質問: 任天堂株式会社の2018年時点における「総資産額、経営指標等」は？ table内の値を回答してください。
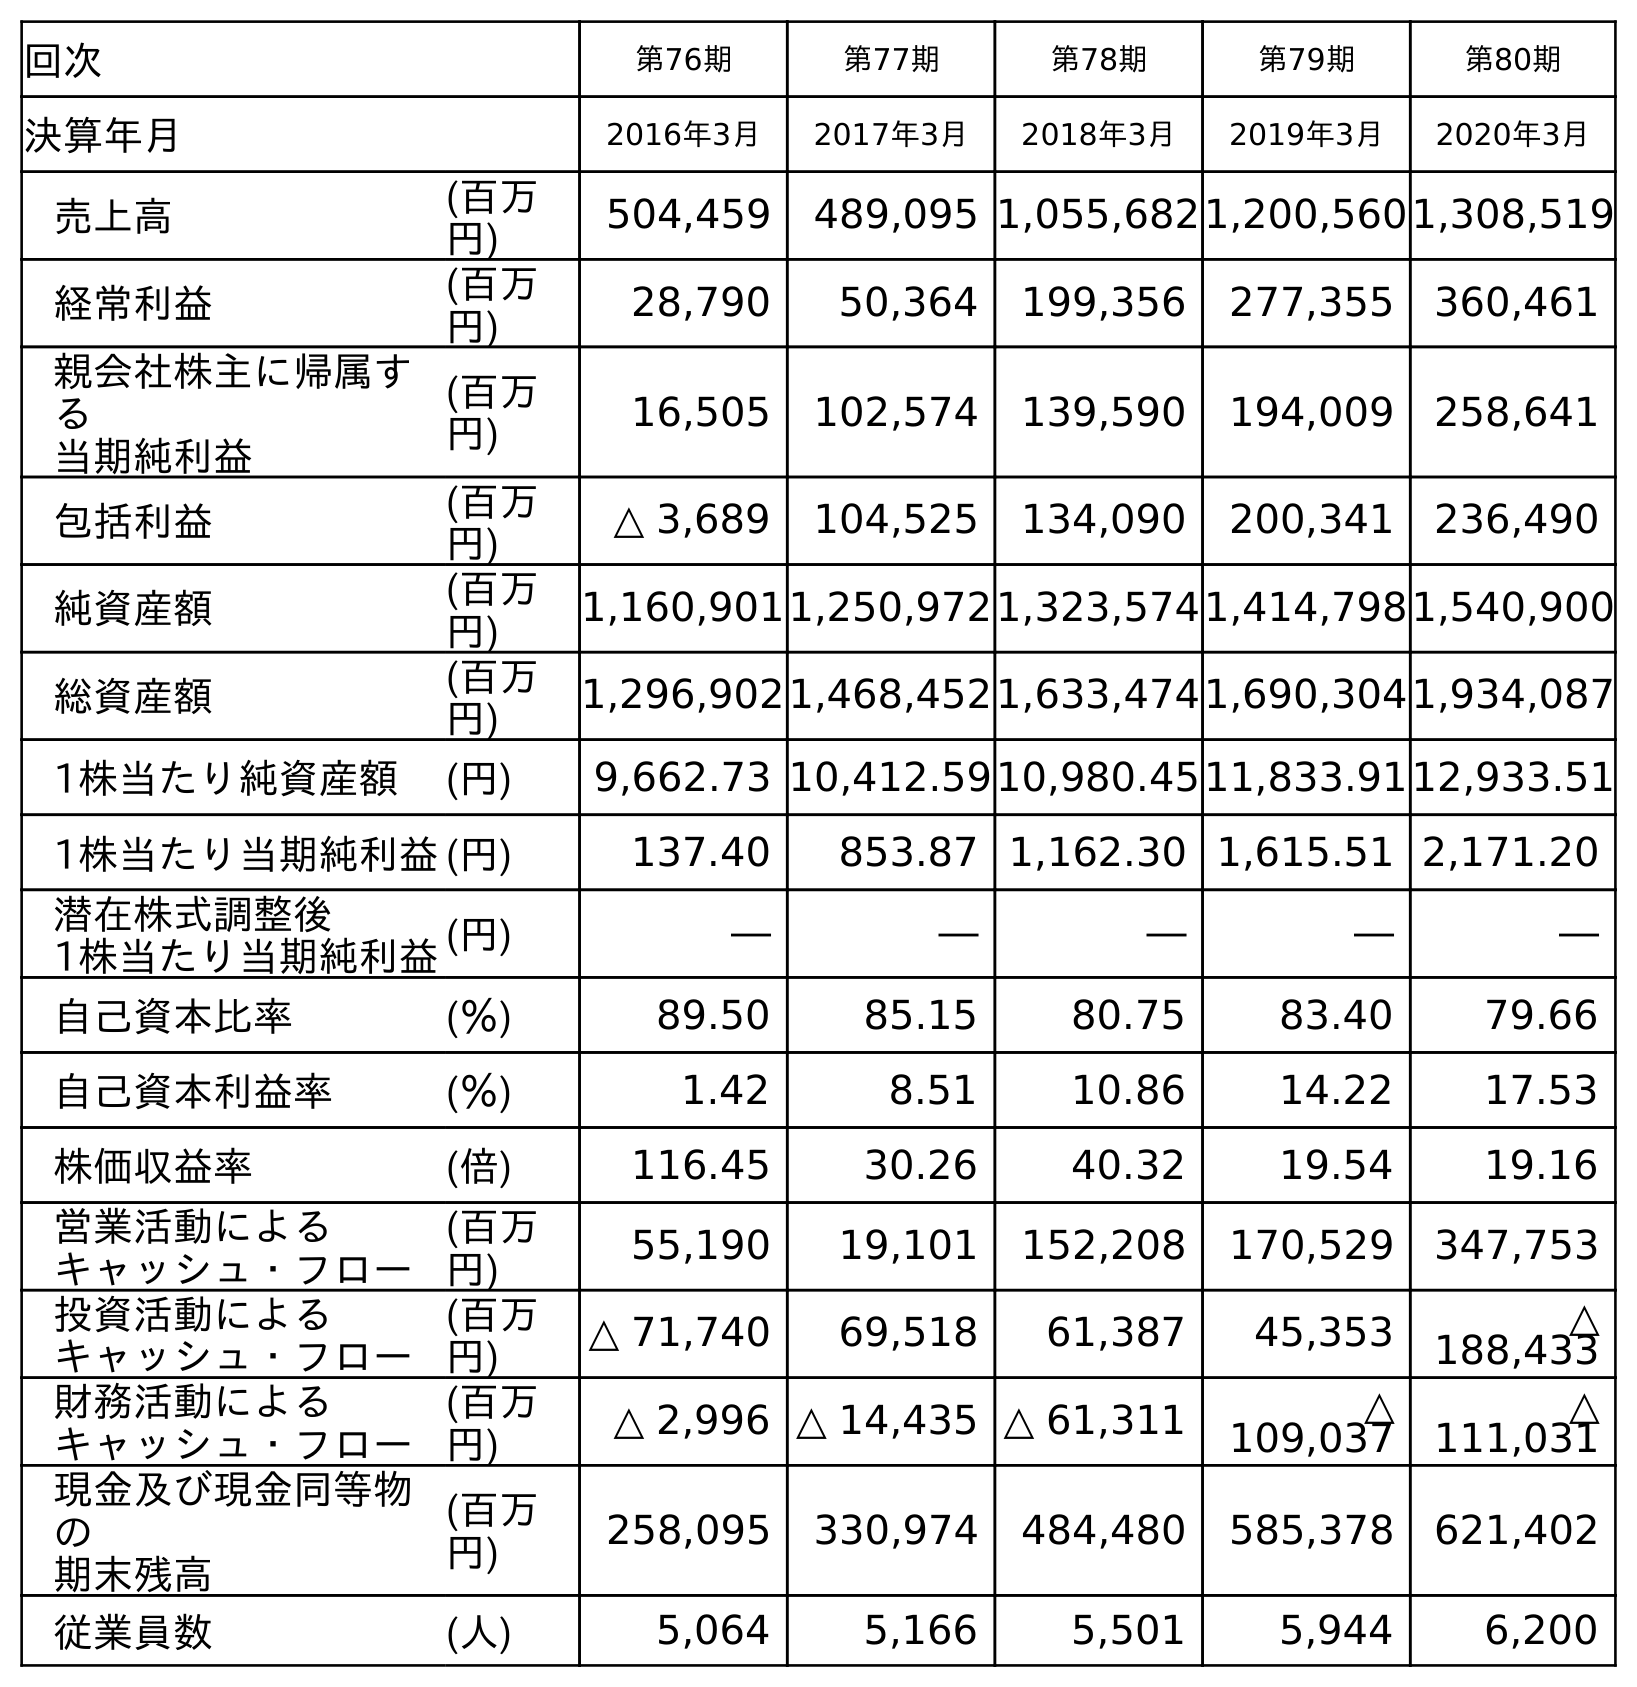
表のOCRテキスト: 回次 第76期 第77期 第78期 第79期 第80期 決算年月 2016年3月 2017年3月 2018年3月 2019年3月 2020年3月 売上高 (百万 円) 504,459 489,095 1,055,6821,200,5601,308,519 経常利益 (百万 円) 28,790 50,364 199,356 277,355 360,461 親会社株主に帰属す る 当期純利益 (百万 円) 16,505 102,574 139,590 194,009 258,641 包括利益 (百万 円) △ 3,689 104,525 134,090 200,341 236,490 純資産額 (百万 円) 1,160,9011,250,9721,323,5741,414,7981,540,900 総資産額 (百万 円) 1,296,9021,468,4521,633,4741,690,3041,934,087 1株当たり純資産額 (円) 9,662.73 10,412.5910,980.4511,833.9112,933.51 1株当たり当期純利益(円) 137.40 853.87 1,162.30 1,615.51 2,171.20 潜在株式調整後 1株当たり当期純利益(円) ― ― ― ― ― 自己資本比率 (％) 89.50 85.15 80.75 83.40 79.66 自己資本利益率 (％) 1.42 8.51 10.86 14.22 17.53 株価収益率 (倍) 116.45 30.26 40.32 19.54 19.16 営業活動による キャッシュ・フロー (百万 円) 55,190 19,101 152,208 170,529 347,753 投資活動による キャッシュ・フロー (百万 円) △ 71,740 69,518 61,387 45,353 △ 188,433 財務活動による キャッシュ・フロー (百万 円) △ 2,996 △ 14,435 △ 61,311 △ 109,037 △ 111,031 現金及び現金同等物 の 期末残高 (百万 円) 258,095 330,974 484,480 585,378 621,402 従業員数 (人) 5,064 5,166 5,501 5,944 6,200
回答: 1,633,474